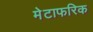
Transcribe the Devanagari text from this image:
मेटाफरिक